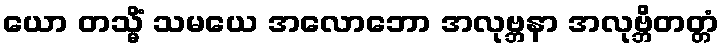
ယော တသ္မိံ သမယေ အလောဘော အလုဗ္ဘနာ အလုဗ္ဘိတတ္တံ